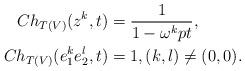
LaTeX: \begin{align*}Ch_{T(V)}(z^k,t) &= \frac{1}{1-\omega^k pt},\\Ch_{T(V)}(e_1^ke_2^l,t)&=1, (k,l)\neq (0,0).\end{align*}